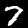
Digit: 7